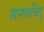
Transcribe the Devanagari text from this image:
समयबिंदु